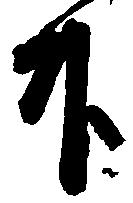
升